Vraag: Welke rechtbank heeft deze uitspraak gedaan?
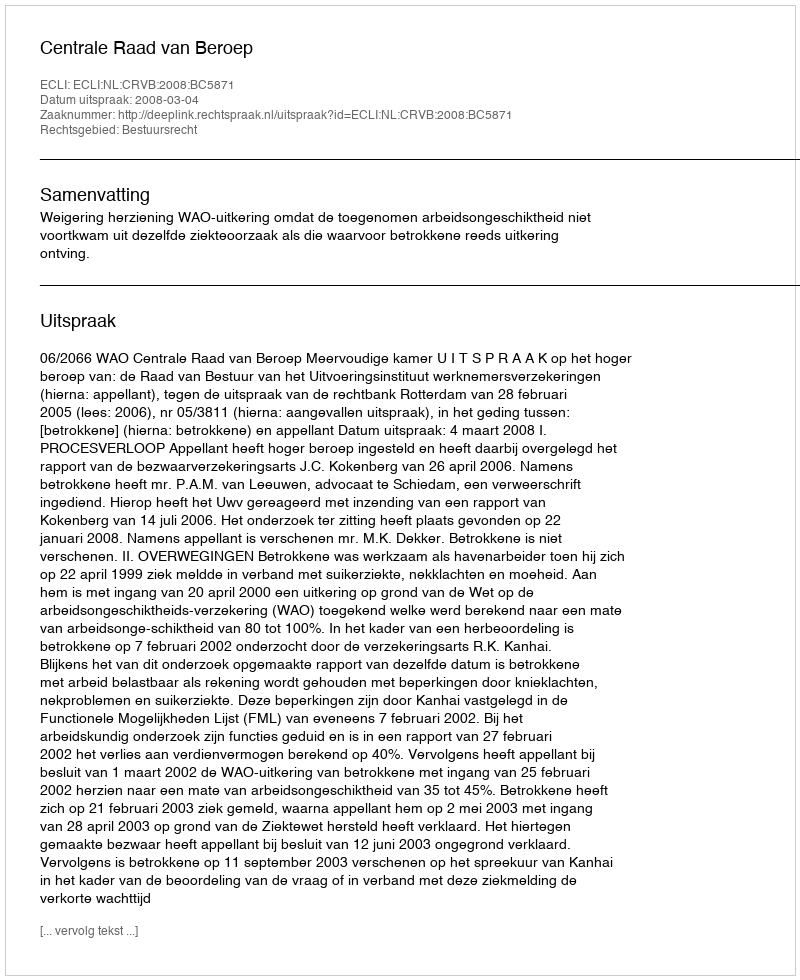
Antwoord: Centrale Raad van Beroep